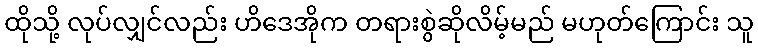
ထိုသို့ လုပ်လျှင်လည်း ဟိဒေအိုက တရားစွဲဆိုလိမ့်မည် မဟုတ်ကြောင်း သူ